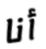
أنا